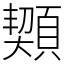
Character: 䫔